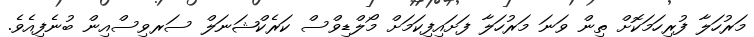
މަރުހަލާ ފުރިހަމަކޮށް ތިން ވަނަ މަރުހަލާ ފަށައިފިކަމަށް މޯލްޑިވްސް ކަރެކްޝަނަލް ސަރވިސްއިން ބުނެފިއެވެ.